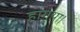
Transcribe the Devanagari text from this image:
हागया।